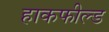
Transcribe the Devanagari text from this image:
हाकफील्ड